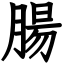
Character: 腸